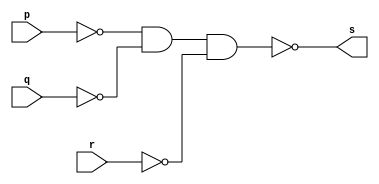
// --------------------- 
// Exemplo0010 - OR3 
// Nome: Daniel Telles McGinnis 
// --------------------- 
// Previso:
// A sada  a disjuno das 3 entradas.
// Teste 1:
// Entradas: (a=0, b=0 e c=0), (a=0, b=0 e c=1), (a=0, b=1 e c=0), (a=0, b=1 e c=1),
// (a=1, b=0 e c=0), (a=1, b=0 e c=1), (a=1, b=1 e c=0) e (a=1, b=1 e c=1)
// Observaes da sada:
// A sada  uma tabela verdade da disjuno de 3 entradas.
// --------------------- 
// -- or3 gate 
// --------------------- 
module or3gate (output s, input p, input q, input r); 
	assign s = ~(~p & ~q & ~r); 
endmodule // or3 gate
// --------------------- 
// -- test or3gate 
// --------------------- 
module testor3gate; 
	// ------------------------- dados locais 
	reg a, b, c; // definir registrador 
	wire s;      // definir conexao (fio) 
	// ------------------------- instancia 
	or3gate OR3_1 (s, a, b, c); 
	// ------------------------- preparacao 
	initial begin:start 
		a=0;
		b=0;
		c=0;
	end 
	// ------------------------- parte principal 
	initial begin:main 
		$display("Exemplo0010 - Daniel Telles McGinnis - 435042"); 
		$display("Test or3 gate"); 
		$display("a | b | c = s\n");
		$display("a   b   c   s");
		$monitor("%b   %b   %b   %b", a, b, c, s);
		#1 a=0; b=0; c=1;
		#1 a=0; b=1; c=0;
		#1 a=0; b=1; c=1;
		#1 a=1; b=0; c=0;
		#1 a=1; b=0; c=1;
		#1 a=1; b=1; c=0;
		#1 a=1; b=1; c=1;
	end 
endmodule // testor3gate